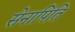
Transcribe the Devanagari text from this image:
सेनापिति